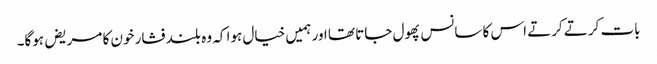
بات کرتے کرتے اس کا سانس پھول جاتا تھا اور ہمیں خیال ہوا کہ وہ بلند فشار خون کا مریض ہوگا۔